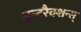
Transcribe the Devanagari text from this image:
इन्टरैक्शन्स्